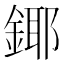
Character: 鎁